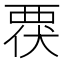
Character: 覄